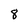
Character: 8